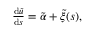
\begin{array} { r } { \frac { \mathrm { d } \tilde { u } } { \mathrm { d } s } = \tilde { \alpha } + \tilde { \xi } ( s ) , } \end{array}